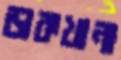
ডাকখানা